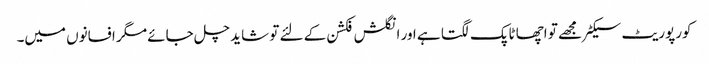
کورپوریٹ سیکٹر مجھے تو اچھا ٹاپک لگتا ہے اور انگلش فکشن کے لئے تو شاید چل جائے مگر افسانوں میں۔